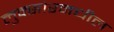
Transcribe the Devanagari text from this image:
लुक्सोरमधील